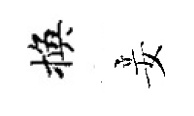
換妾